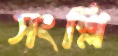
সংশ্লি